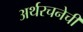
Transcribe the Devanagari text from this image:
अर्थरचनेची